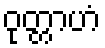
ဝုတ္တာဟံ